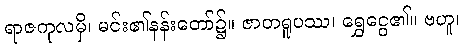
ရာဇကုလမှိ၊ မင်း၏နန်းတော်၌။ ဇာတရူပဿ၊ ရွှေငွေ၏။ ဗဟူ၊